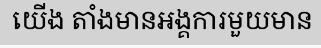
យើង តាំងមានអង្គការមួយមាន